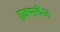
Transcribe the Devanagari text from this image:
इक्सचेंज